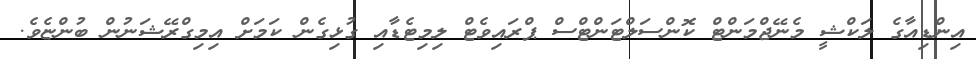
އިންޑިއާގެ ލަކްޝީ މެނޭޖްމަންޓް ކޮންސަލްޓަންޓްސް ޕްރައިވެޓް ލިމިޓެޑާއި ގުޅިގެން ކަމަށް އިމިގްރޭޝަނުން ބުންޏެވެ.